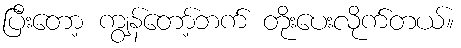
ပြီးတော့ ကျွန်တော့်ဘက် တိုးပေးလိုက်တယ်။